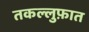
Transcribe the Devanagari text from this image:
तकल्लुफ़ात